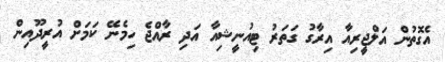
އެގޮތުން އަލްޖީރިއާ އިރާގު ގަތަރު ޓިއުނީޝިއާ އަދި ރާއްޖެ ހިމެނޭ ކަމަށް އުރީދޫއިން